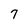
Character: 7